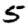
Digit: 5